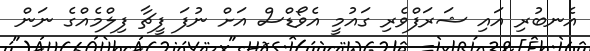
އެނބުރި އައި ޝަރަފްވެރި ގައުމީ އެވޯޑްސް އަށް ނުފަ ފީޗާ ފިލްމެއްގެ ނަން